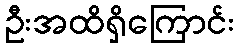
ဦးအထိရှိကြောင်း